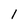
Character: 1